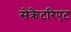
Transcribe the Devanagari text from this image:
सेक्रेटरिएट